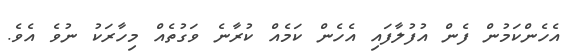
އެހެންކަމުން ފެން އުފުލާފައި އެހެން ކަމެއް ކުރާނެ ވަގުތެއް މިހާރަކު ނުވެ އެވެ.